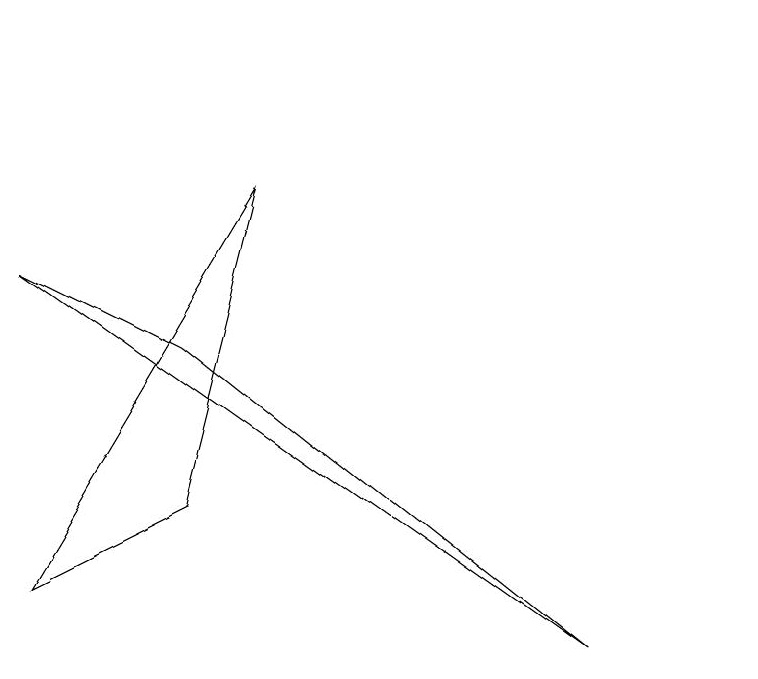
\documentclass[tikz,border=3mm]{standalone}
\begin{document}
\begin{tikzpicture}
\draw (9,3) -- (4,7) -- (2,8) -- cycle;
\draw (11,11) circle (0);
\draw (5,9) -- (4,5) -- (2,4) -- cycle;
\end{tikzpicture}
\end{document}